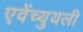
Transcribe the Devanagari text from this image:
एवेंच्युयली